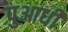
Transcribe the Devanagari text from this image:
पुआधी